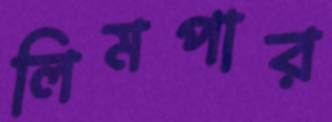
লিমপার